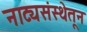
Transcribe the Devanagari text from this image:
नाट्यसंस्थेतून